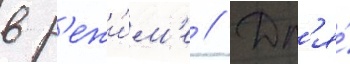
в р'ежи́м'е // Дл'я́